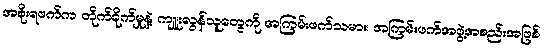
အစိုးရဖက်က တိုက်ခိုက်မှုနဲ့ ကျူးလွန်သူတွေကို အကြမ်းဖက်သမား၊ အကြမ်းဖက်အဖွဲ့အစည်းအဖြစ်